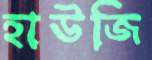
হাউজি